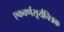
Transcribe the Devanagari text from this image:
एकवर्णसूर्यचित्रक